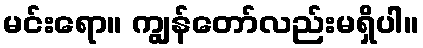
မင်းရော။ ကျွန်တော်လည်းမရှိပါ။